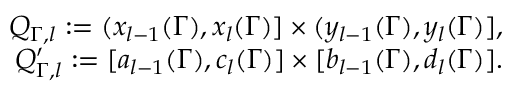
\begin{array} { r l r } & { } & { Q _ { \Gamma , l } : = ( x _ { l - 1 } ( \Gamma ) , x _ { l } ( \Gamma ) ] \times ( y _ { l - 1 } ( \Gamma ) , y _ { l } ( \Gamma ) ] , } \\ & { } & { Q _ { \Gamma , l } ^ { \prime } : = [ a _ { l - 1 } ( \Gamma ) , c _ { l } ( \Gamma ) ] \times [ b _ { l - 1 } ( \Gamma ) , d _ { l } ( \Gamma ) ] . } \end{array}